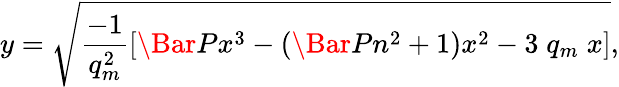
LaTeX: y=\sqrt{\frac{-1}{q_{m}^{2}}\left[\Bar{P}x^{3}-\left(\Bar{P}n^{2}+1\right)x^{2}-3\; q_{m}\; x\right]},